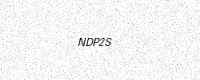
Text: NDP2S